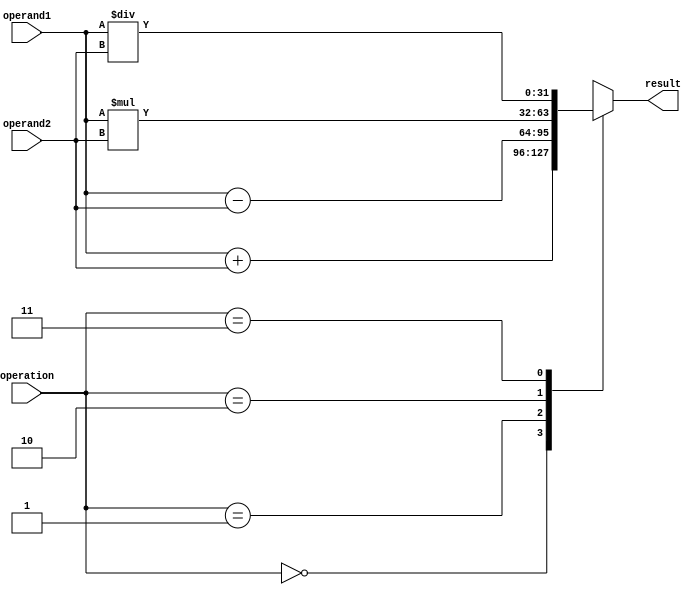
module arbitrary_precision_fpu (
    input wire [31:0] operand1,     // Input operand 1
    input wire [31:0] operand2,     // Input operand 2
    input wire [1:0] operation,     // Operation selector (00: addition, 01: subtraction, 10: multiplication, 11: division)
    output reg [31:0] result        // Result of the arithmetic operation
);

// Define the arithmetic blocks (adder, subtractor, multiplier, divider)

always @(*) begin
    case(operation)
        2'b00: result = operand1 + operand2;     // Addition
        2'b01: result = operand1 - operand2;     // Subtraction
        2'b10: result = operand1 * operand2;     // Multiplication
        2'b11: result = operand1 / operand2;     // Division
        default: result = 32'h00000000;           // Default case (No operation)
    endcase
end

endmodule